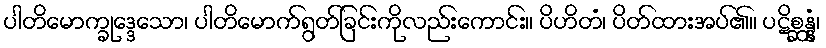
ပါတိမောက္ခုဒ္ဒေသော၊ ပါတိမောက်ရွတ်ခြင်းကိုလည်းကောင်း။ ပိဟိတံ၊ ပိတ်ထားအပ်၏။ ပဋိစ္ဆန္နံ၊